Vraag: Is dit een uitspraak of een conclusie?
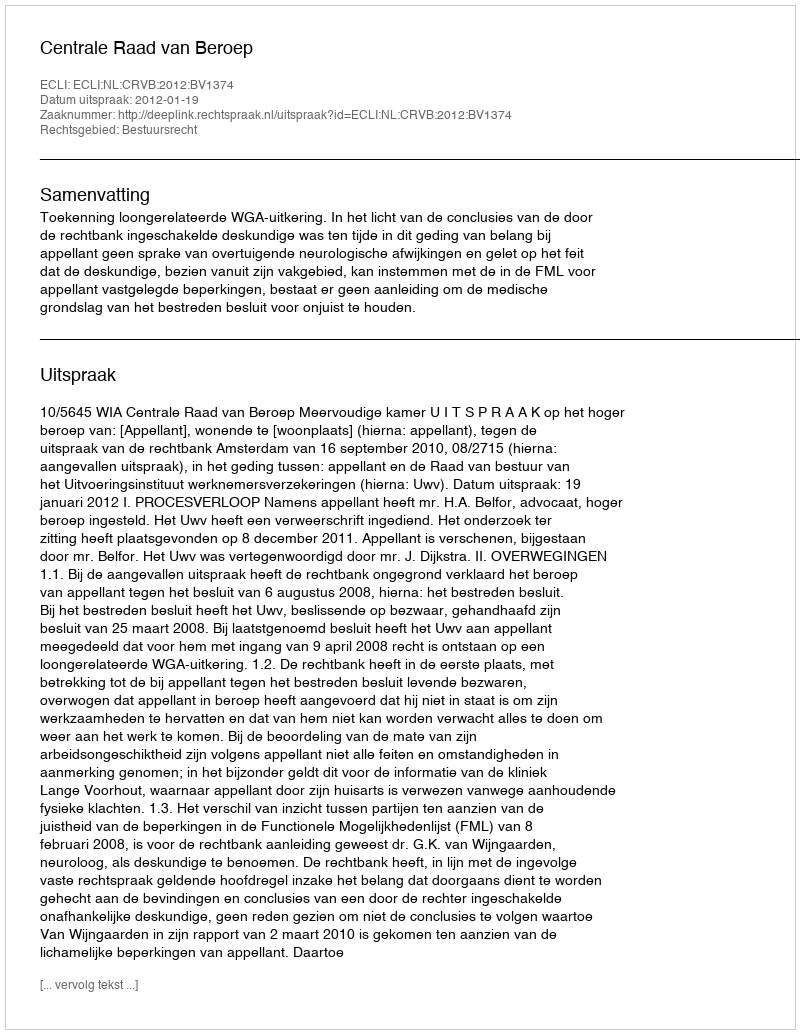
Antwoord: Uitspraak